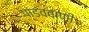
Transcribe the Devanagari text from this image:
पांडववाणी